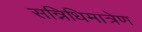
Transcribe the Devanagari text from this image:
सन्निधिमात्रेण